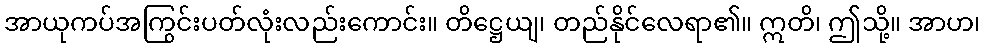
အာယုကပ်အကြွင်းပတ်လုံးလည်းကောင်း။ တိဋ္ဌေယျ၊ တည်နိုင်လေရာ၏။ ဣတိ၊ ဤသို့။ အာဟ၊